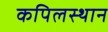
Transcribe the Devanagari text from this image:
कपिलस्थान